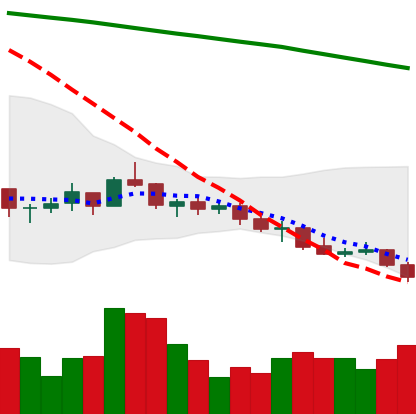
Ticker: LINK-USD
Chart end date: 2021-07-20
Forward return: 21.659%
Label: up_7plus